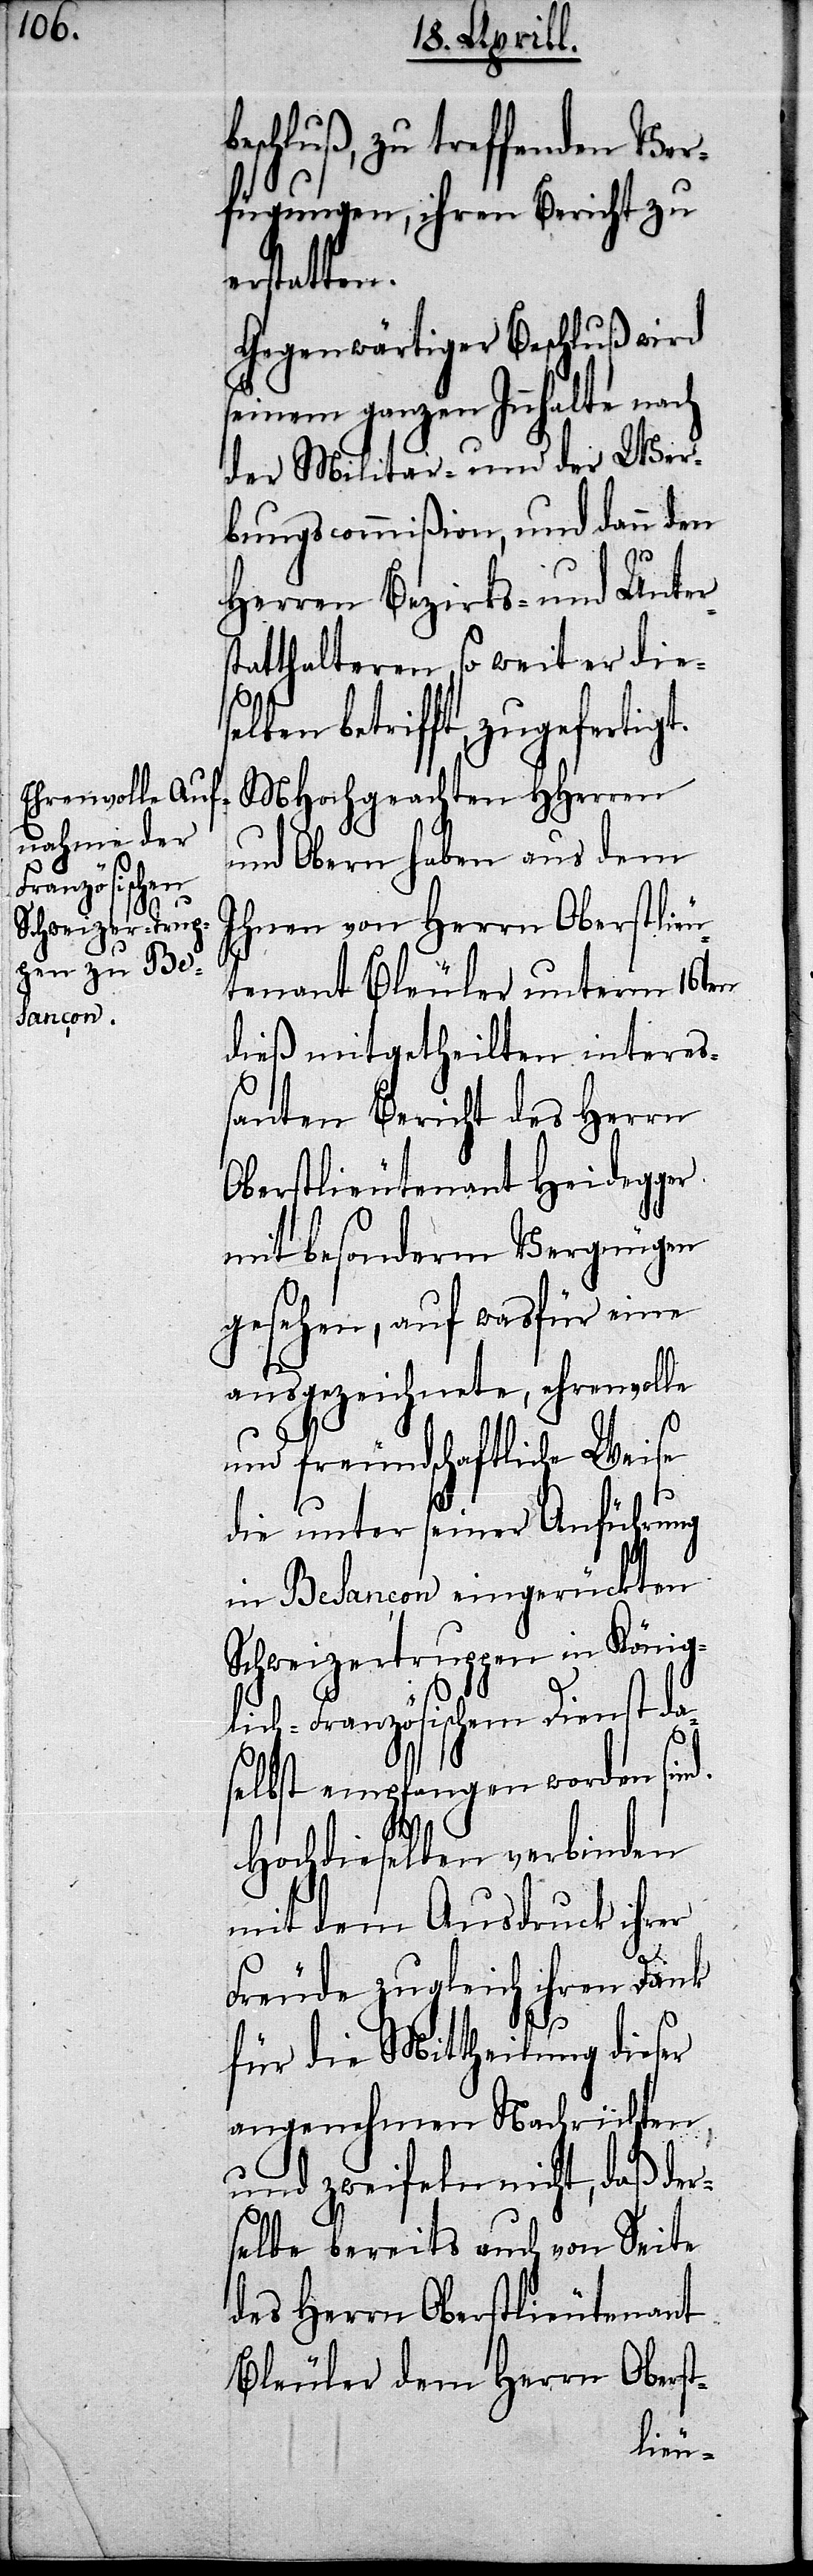
beschluß, zu treffenden Ver¬
fügungen, ihren Bericht zu e¬
rstatten.
Gegenwärtiger Beschluß wird
seinem ganzen Innhalte nach
der Militar- und der Wer¬
bungscommißion, und dann den
Herren Bezirks- und Unters¬
tatthaltern, so weit er dies¬
elben betrifft, zugefertigt.
MHochgeachten HHerren
und Obern haben aus dem
Ihnen von Herrn Oberstlieu¬
tenant Bleuler unterm 16ten
dieß mitgetheilten intere¬
ßanten Bericht des Herrn
Oberstlieutenant Heidegger
mit besonderm Vergnügen
gesehen, auf wasfür eine
ausgezeichnete, ehrenvolle
und freundschaftliche Weise
die unter seiner Anführung
in Besançon eingerückten
Schweizertruppen in König¬
lich-Französischem Dienst da¬
selbst empfangen worden sind.
Hochdieselben verbinden
mit dem Ausdruck ihrer
Freude zugleich ihren Dank
für die Mittheilung dieser
angenehmen Nachrichten,
und zweifeln nicht, daß der¬
selbe bereits auch von Seite
des Herrn Oberstlieutenant
Bleuler dem Herrn Oberst-